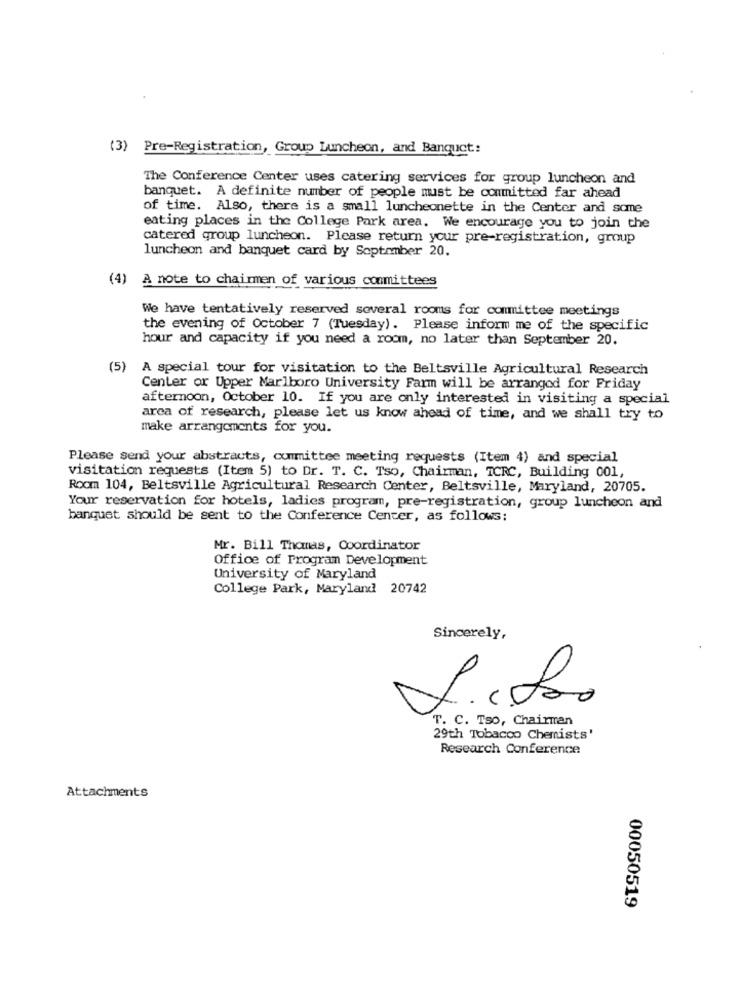
(3) Pre-Registration, Group Luncheon, and Banquet:
The Conference Center uses catering services for group luncheon and
banquet. A definite number of people must be committed far ahead
of time. Also, there is a small luncheonette in the Center and some
eating places in the College Park area. We encourage you to join the
catered group luncheon. Please return your pre-registration, group
luncheon and banquet card by September 20.
(4) A note to chairmen of various committees
We have tentatively reserved soveral rooms for committee meetings
the evening of October 7 (Tuesday). Please inform me of the specific
hour and capacity if you need a room, no later than September 20.
(5) A special tour for visitation to the Beltsville Agricultural Research
Center or Upper Marlboro University Farm will be arranged for Friday
afternoon, October 10. If you are only interested in visiting a special
area of research, please let us know ahead of time, and we shall try to
make arrangements for you.
Please send your abstracts, committee meeting requests (Item 4) and special
visitation requests (Item 5) to Dr. T. C. Tso, Chairman, TCRC, Building 001,
Room 104, Beltsville Agricultural Research Center, Beltsville, Maryland, 20705.
Your reservation for hotels, ladies program, pre-registration, group luncheon and
banquet should be sent to the Conference Center, as follows:
Mr. Bill Thomas, Coordinator
Office of Program Development
University of Maryland
College Park, Maryland 20742
Sincerely,
T. C. Tso, Chairman
29th Tobacco Chemists'
Research Conference
Attachments
00050519